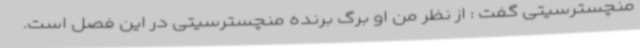
منچسترسیتی گفت : از نظر من او برگ برنده منچسترسیتی در این فصل است.